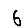
Digit: 6